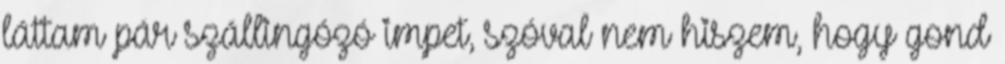
láttam pár szállingózó impet, szóval nem hiszem, hogy gond